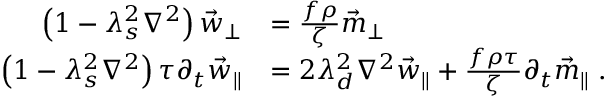
\begin{array} { r l } { \qquad \quad \left( 1 - \lambda _ { s } ^ { 2 } \nabla ^ { 2 } \right) \vec { w } _ { \perp } } & { = \frac { f \rho } { \zeta } \vec { m } _ { \perp } } \\ { \left( 1 - \lambda _ { s } ^ { 2 } \nabla ^ { 2 } \right) \tau \partial _ { t } \vec { w } _ { \parallel } } & { = 2 \lambda _ { d } ^ { 2 } \nabla ^ { 2 } \vec { w } _ { \parallel } + \frac { f \rho \tau } { \zeta } \partial _ { t } \vec { m } _ { \parallel } \; . } \end{array}